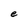
Character: e